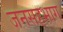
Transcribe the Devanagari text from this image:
जनसहभाग